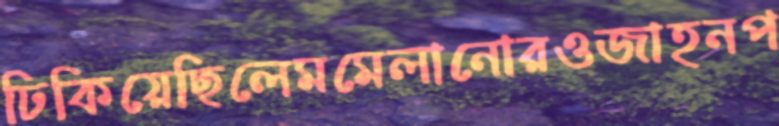
ঢিকিয়েছিলেমমেলানোরওজাহনপ